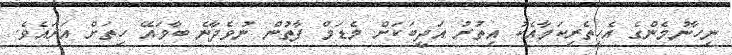
ނިހާނުމެންގެ އެހީތެރިކަމާއެކު އިތުރު އަދީބަކަށް މެޑަމް ފާތުން ނުވެދާނެ ބާވައޭ ހިތަށް އަރައެވެ.